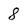
Character: 8